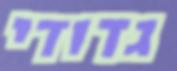
גדודי